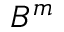
B ^ { m }